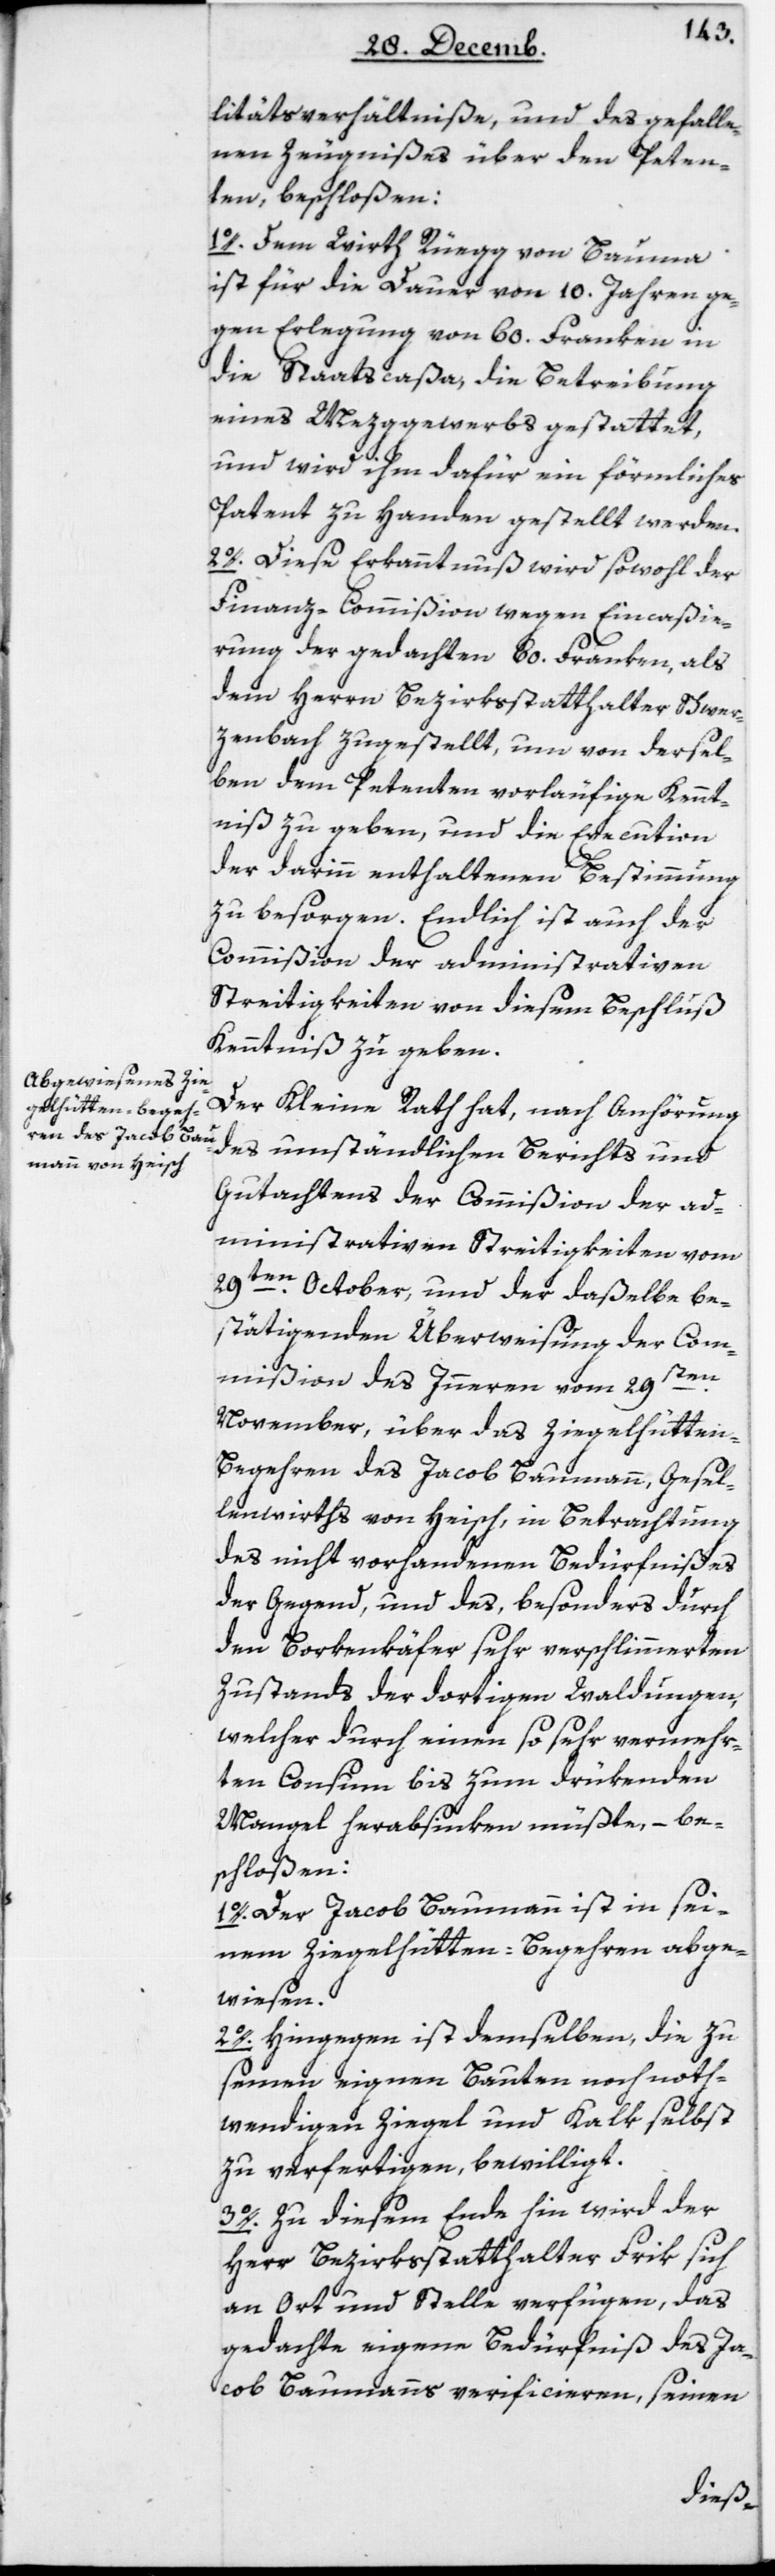
litätsverhältniße und des gefalle¬
nen Zeugnißes über den Peten¬
ten, beschloßen:
1. Dem Wirth Rüegg von Bauma
ist für die Dauer von 10 Jahren ge¬
gen Erlegung von 60 Franken in
die Staatscaßa, die Betreibung
eines Metzggewerbs gestattet,
und wird ihm dafür ein förmliches
Patent zu Handen gestellt werden.
2. Diese Erkanntnuß wird sowohl der
Finanz-Commißion wegen Eincaßie¬
rung der gedachten 60 Franken, als
dem Herrn Bezirksstatthalter Schwer¬
zenbach zugestellt, um von dersel¬
ben dem Petenten vorläufige Kennt¬
niß zu geben, und die Execution
der darinn enthaltenen Bestimmung
zu besorgen. Endlich ist auch der
Commißion der administrativen
Streitigkeiten von diesem Beschluß
Kenntniß zu geben.
Der Kleine Rath hat, nach Anhörung
des umständlichen Berichts und
Gutachtens der Commißion der ad¬
ministrativen Streitigkeiten vom
29ten October, und der daßelbe be¬
stätigenden Überweisung der Com¬
mißion des Innern vom 29sten
November, über das Ziegelhütte¬
n-Begehren des Jacob Baumann, Gesel¬
lenwirths von Heisch, in Betrachtung
des nicht vorhandenen Bedürfnißes
der Gegend, und des, besonders durch
den Borkenkäfer sehr verschlimmerten
Zustands der dortigen Waldungen,
welcher durch einen so sehr vermehr¬
ten Consum bis zum drükenden
Mangel herabsinken müßte, – be¬
schloßen:
1. Der Jacob Baumann ist in sei¬
nem Ziegelhütten-Begehren abge¬
wiesen.
2. Hingegen ist demselben, die zu
seinen eignen Bauten noch noth¬
wendigen Ziegel und Kalk selbst
zu verfertigen, bewilligt.
3. Zu diesem Ende hin wird der
Herr Bezirksstatthalter Frik sich
an Ort und Stelle verfügen, das
gedachte eigene Bedürfniß des Ja¬
cob Baumanns verificieren, seinen